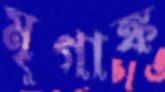
মৃগাঙ্ক